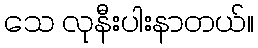
သေ လုနီးပါးနာတယ်။